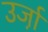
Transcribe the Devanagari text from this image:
उर्जा़